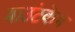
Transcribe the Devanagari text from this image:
माउंटकेभ